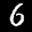
Digit: 6